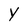
Character: Y